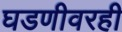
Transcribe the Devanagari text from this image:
घडणीवरही